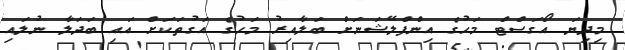
މިދިޔަ އޯގަސްޓް މަހުގެ އިންފްލޭޝަނަށް ބަލާއިރު މަހުގެ އަގުތަކަށް އައި ބަދަލާ ނުލައި